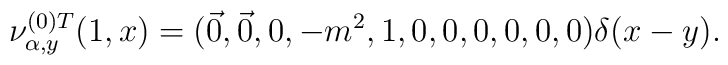
\nu^{(0)T}_{\alpha,y}(1,x)=(\vec{0}, \vec{0}, 0, -m^{2}, 1, 0, 0, 0, 0, 0, 0)\delta (x-y).